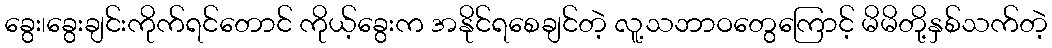
ခွေး၊ခွေးချင်းကိုက်ရင်တောင် ကိုယ့်ခွေးက အနိုင်ရစေချင်တဲ့ လူ့သဘာဝတွေကြောင့် မိမိတို့နှစ်သက်တဲ့